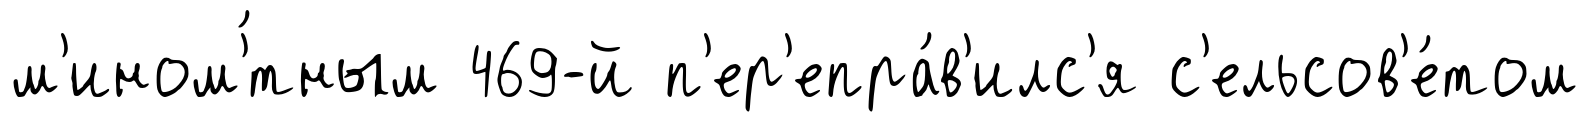
м'ином'́тным 469-й п'ер'епра́в'илс'я с'ельсов'е́том